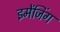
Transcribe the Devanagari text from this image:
इमेंजिंग